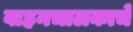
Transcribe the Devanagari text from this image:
वाहनचालकाचे